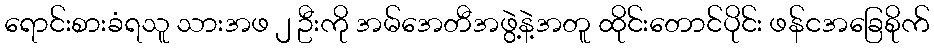
ရောင်းစားခံရသူ သားအဖ ၂ ဦးကို အမ်အေတီအဖွဲ့နဲ့အတူ ထိုင်းတောင်ပိုင်း ဖန်ငအခြေစိုက်